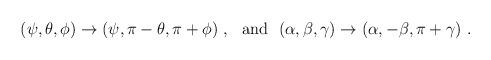
LaTeX: \begin{align*}(\psi, \theta, \phi) \to (\psi, \pi- \theta, \pi+\phi)\ , \ \ {\rm and}\ \ (\alpha, \beta, \gamma) \to (\alpha, -\beta, \pi+\gamma)\ . \end{align*}